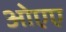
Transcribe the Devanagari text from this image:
ओएए